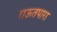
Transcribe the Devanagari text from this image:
राऊतपारा